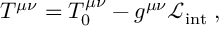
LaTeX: T ^ { \mu \nu } = T _ { 0 } ^ { \mu \nu } - g ^ { \mu \nu } \mathcal { L } _ { \mathrm { i n t } } \; ,